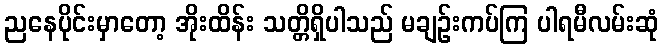
ညနေပိုင်းမှာတော့ အိုးထိန်း သတ္တိရှိပါသည် မချဉ်းကပ်ကြ ပါရမီလမ်းဆုံ